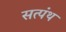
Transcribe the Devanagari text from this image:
सत्पंथ